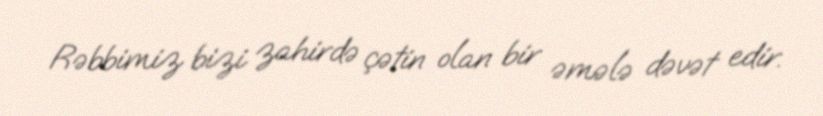
Rəbbimiz bizi zahirdə çətin olan bir əmələ dəvət edir.